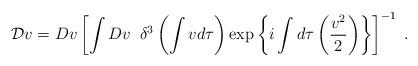
LaTeX: \begin{align*}{\cal D}v=Dv\left[ \int Dv\;\;\delta ^3\left( \int v d\tau \right) \exp \left \{i\int d\tau \left(\frac{v^2}2\right)\right \} \right] ^{-1}\;.\end{align*}